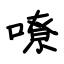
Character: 嘹